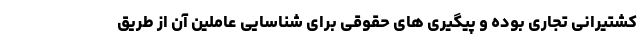
کشتیرانی تجاری بوده و پیگیری های حقوقی برای شناسایی عاملین آن از طریق